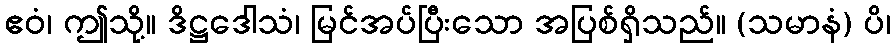
ဧဝံ၊ ဤသို့။ ဒိဋ္ဌဒေါသံ၊ မြင်အပ်ပြီးသော အပြစ်ရှိသည်။ (သမာနံ) ပိ၊